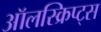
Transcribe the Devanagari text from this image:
ऑलस्क्रिप्ट्स